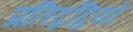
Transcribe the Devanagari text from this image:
प्रतिद्नंद्वियों